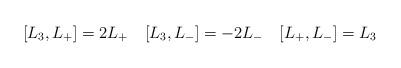
LaTeX: \begin{align*}[L_3,L_+]=2L_+\quad [L_3,L_-]=-2L_-\quad [L_+,L_-]=L_3\end{align*}